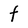
Character: f